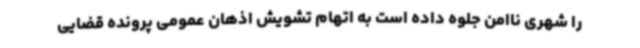
را شهری ناامن جلوه داده است به اتهام تشویش اذهان عمومی پرونده قضایی